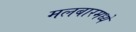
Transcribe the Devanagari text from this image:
मलबारमध्ये